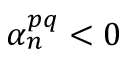
\alpha _ { n } ^ { p q } < 0